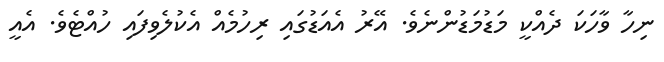
ނިހާ ވާހަކަ ދެއްކީ މަޑުމަޑުންނެވެ. އޭރު އެއަޑުގައި ރިހުމެއް އެކުލެވިފައި ހުއްޓެވެ. އެއީ